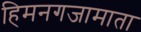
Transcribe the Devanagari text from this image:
हिमनगजामाता